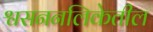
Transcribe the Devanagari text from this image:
श्वसननलिकेतील